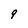
Character: 9